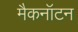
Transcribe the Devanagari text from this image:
मैकनॉटन